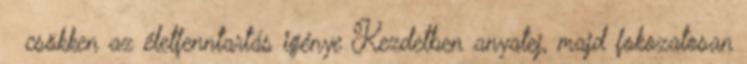
 csökken az életfenntartás igénye Kezdetben anyatej, majd fokozatosan